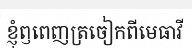
ខ្ញុំឭពេញត្រចៀកពីមេធាវី